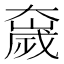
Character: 𫯻